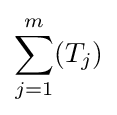
\sum _{j=1}^{m}(T_{j})